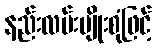
နည်းလမ်းမျိုးစုံဖြင့်